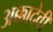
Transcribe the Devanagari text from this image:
अक्कादेवी